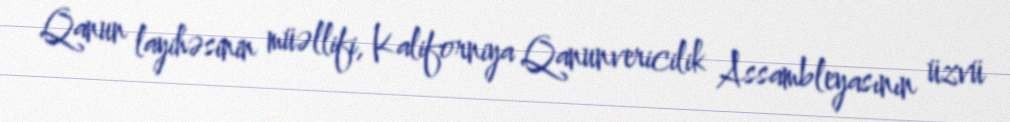
Qanun layihəsinin müəllifi, Kaliforniya Qanunvericilik Assambleyasının üzvü